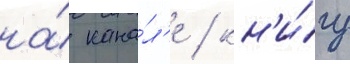
на́ кана́л'е / кн'и́гу